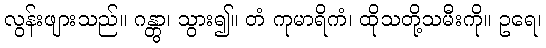
လွန်းဖျားသည်။ ဂန္တွာ၊ သွား၍။ တံ ကုမာရိကံ၊ ထိုသတို့သမီးကို။ ဥရေ၊